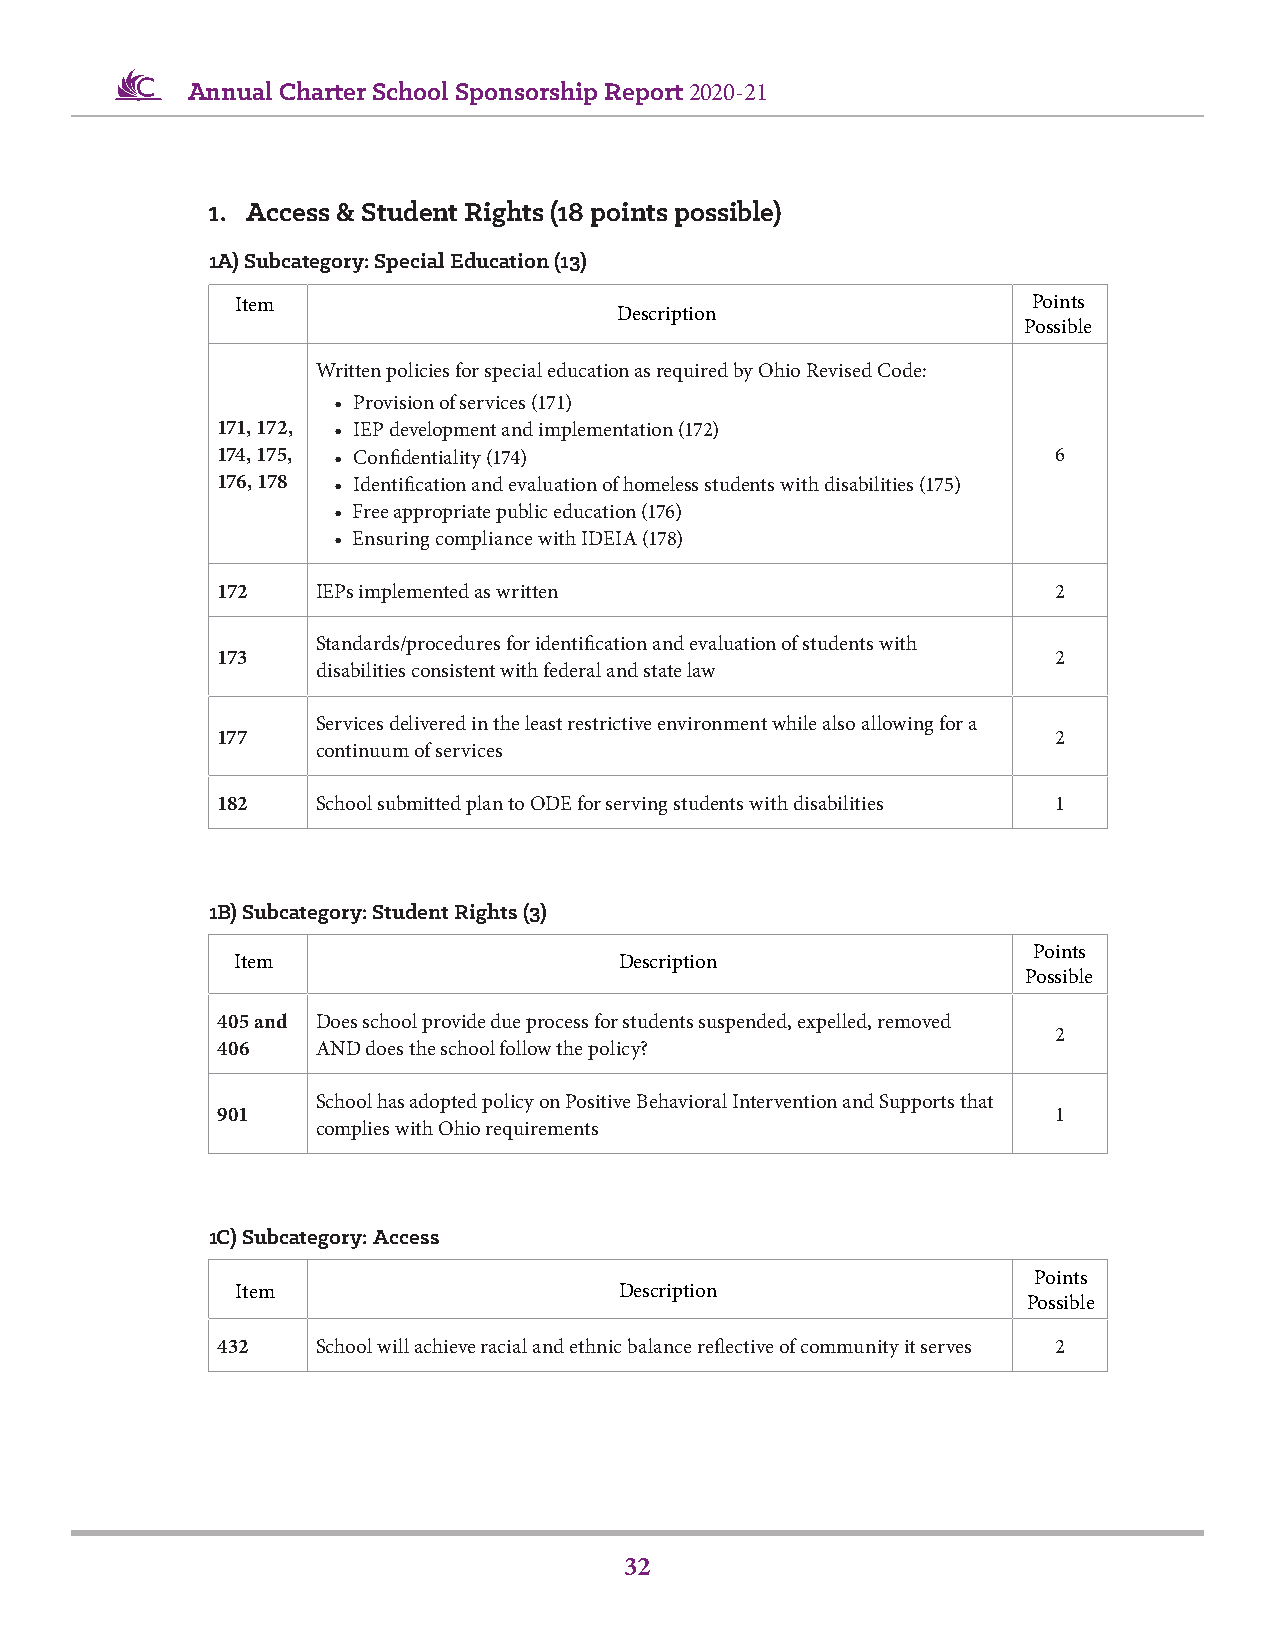
Annual Charter School Sponsorship Report 2020-21
 1. Access & Student Rights (18 points possible)
 1A) Subcategory: Special Education (13)
 Item                                                PPooiinnttss
 Description
 PPoossssiibbllee
 Written policies for special education as required by Ohio Revised Code:
 • Provision of services (171)
 171, 172, • IEP development and implementation (172)
 174, 175, • Confidentiality (174)                       6
 176, 178 • Identification and evaluation of homeless students with disabilities (175)
 • Free appropriate public education (176)
 • Ensuring compliance with IDEIA (178)
 172    IEPs implemented as written                      2
 Standards/procedures for identification and evaluation of students with
 173                                                     2
 disabilities consistent with federal and state law
 Services delivered in the least restrictive environment while also allowing for a
 177                                                     2
 continuum of services
 182    School submitted plan to ODE for serving students with disabilities 1
 1B) Subcategory: Student Rights (3)
 PPooiinnttss
 Item                     Description
 PPoossssiibbllee
 405 and Does school provide due process for students suspended, expelled, removed
 2
 406    AND does the school follow the policy?
 School has adopted policy on Positive Behavioral Intervention and Supports that
 901                                                     1
 complies with Ohio requirements
 1C) Subcategory: Access
 Points
 Item                     Description
 Possible
 432    School will achieve racial and ethnic balance reflective of community it serves 2
 32